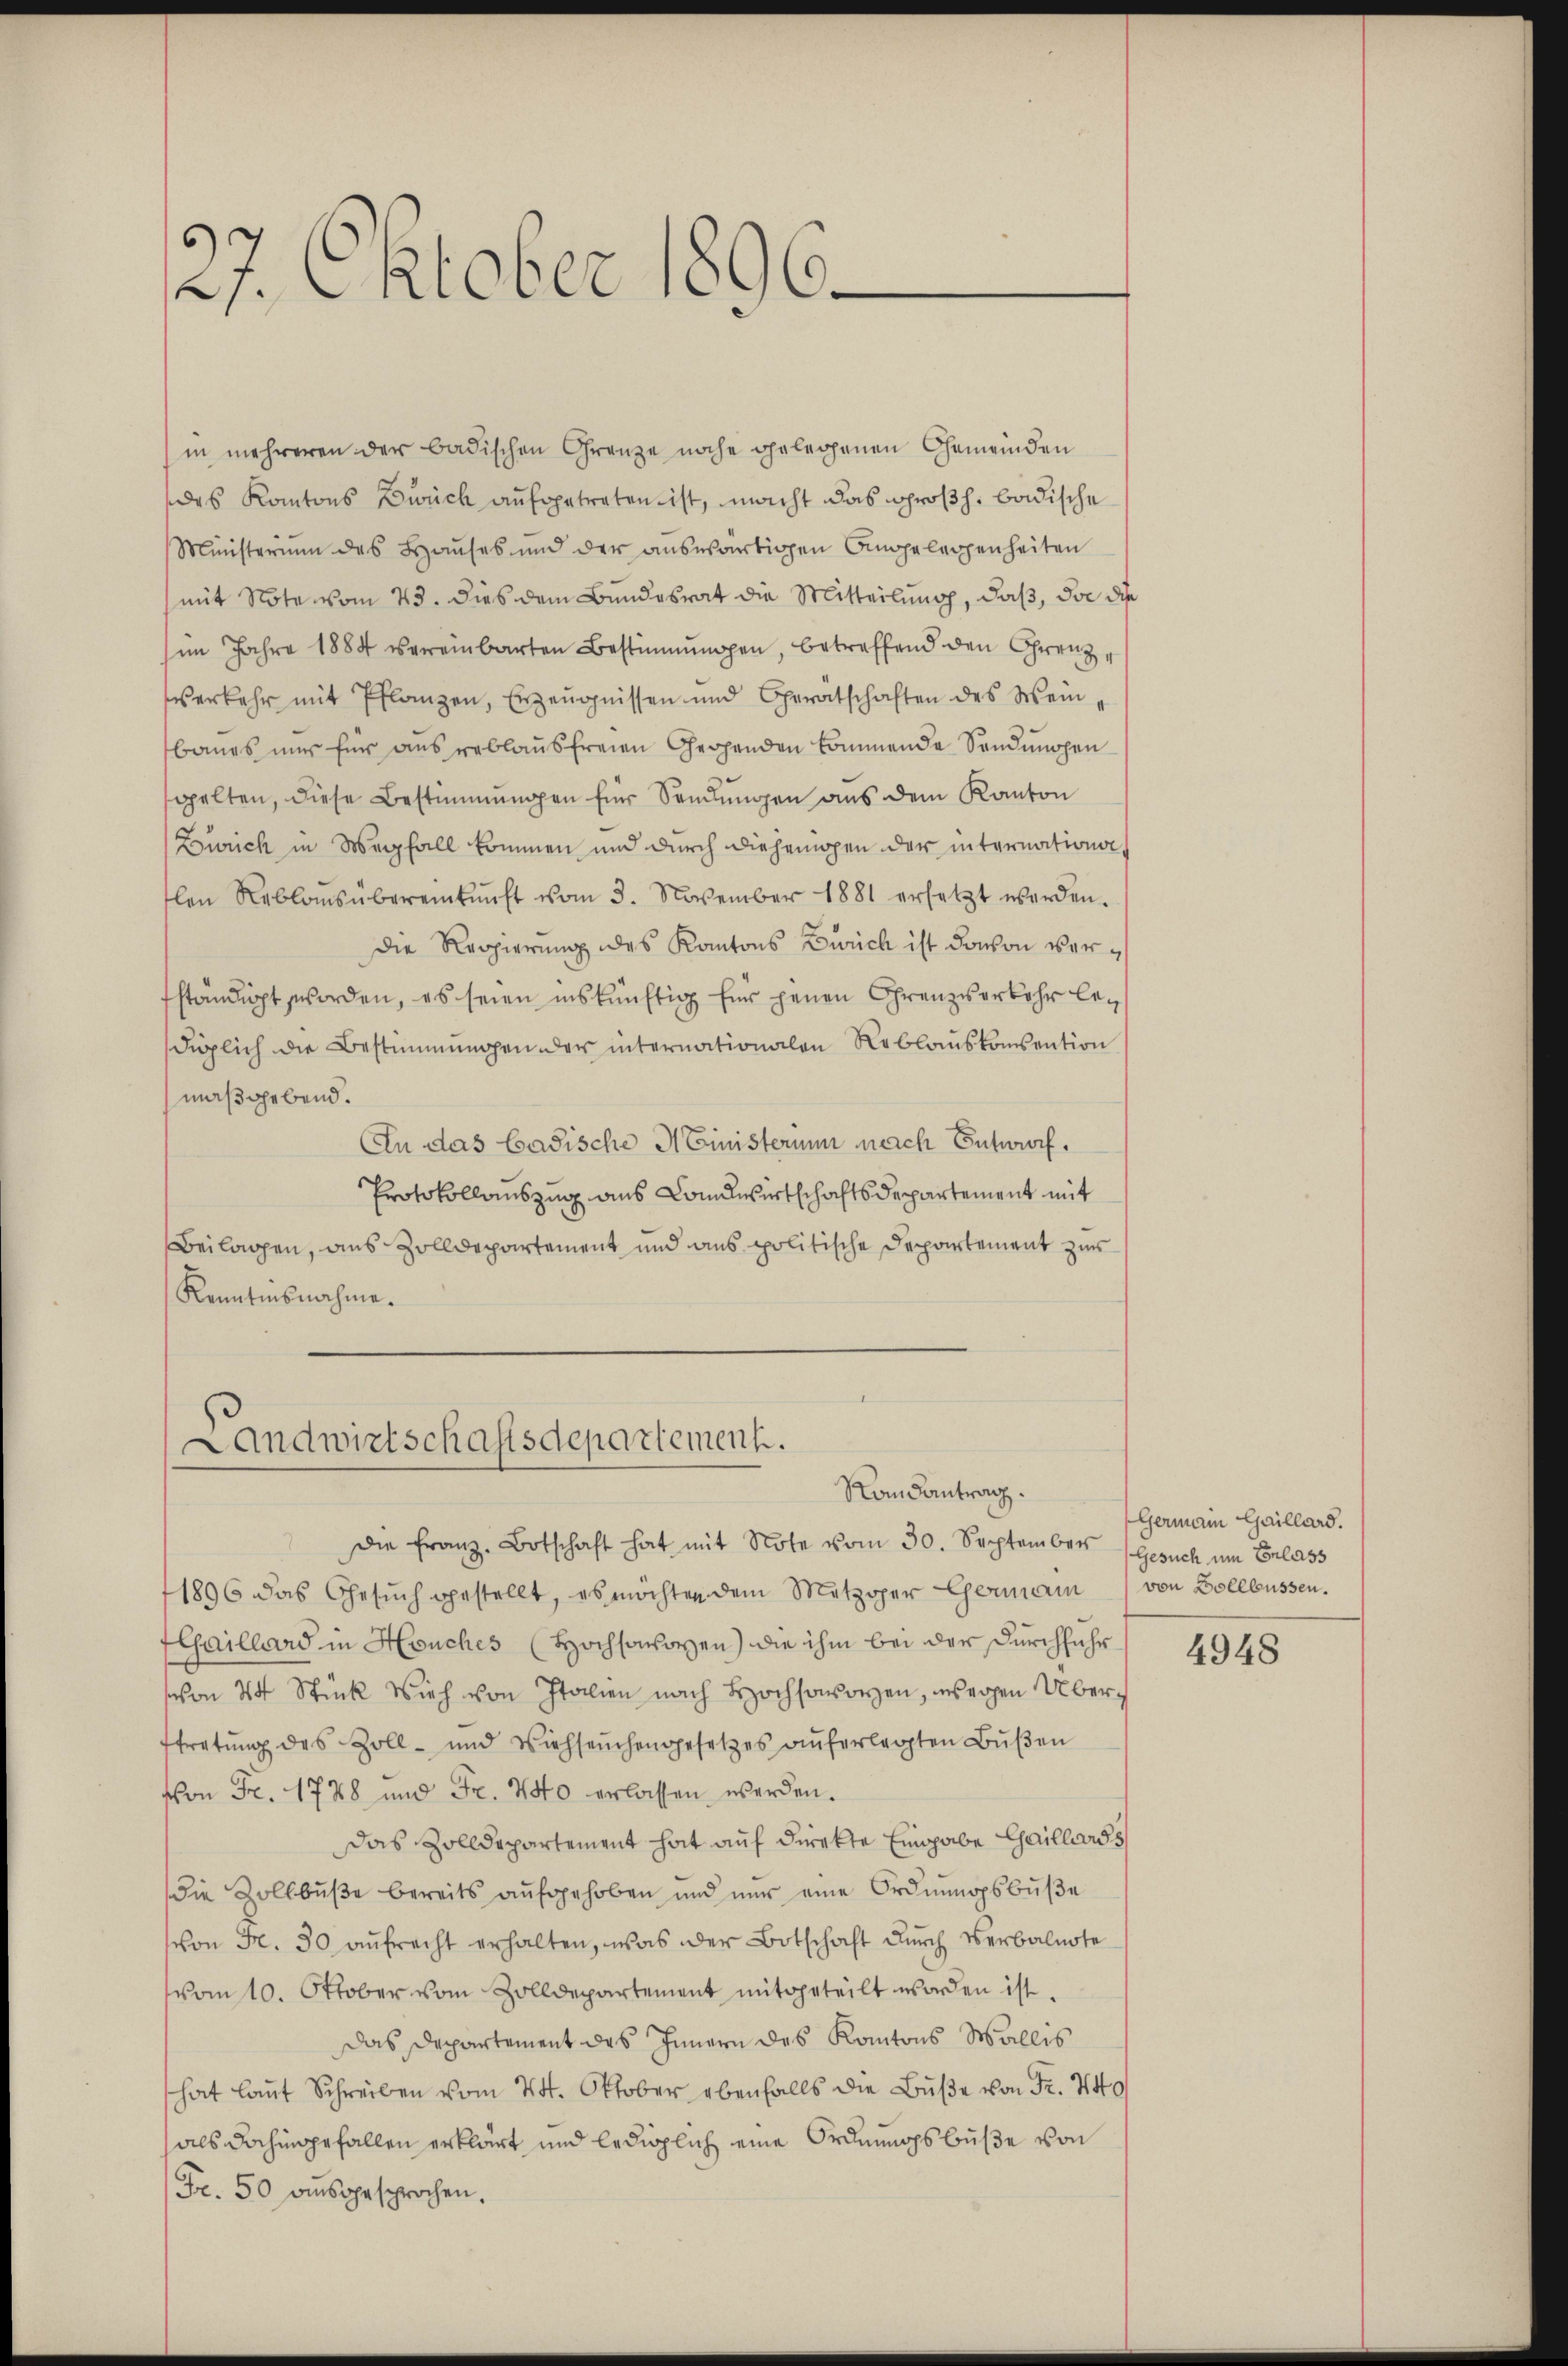
27. Oktober 1896

in mehreren der badischen Grenze noche gelegenen Gemeinden
des Kantons Zweck aufgetreten ist, macht das Großh. badische
Ministerium des Hauses und der auswärtigen Angelegenheiten
mit Note vom 23. dies dem Bundesrat die Mitteilung, daß, da die
(im Jahre 1884 vereinbarten Bestimmungen, betreffend den Grenzverkehr mit Pflanzen, Erzeŭgnissen und Gerätschaften des Wein-
baues nur für ausreblaŭsfreien Gegenden kommende Sendungen
gelten, diese Bestimmungen für Sandŭngen aus dem Kanton
Zürich in Wegfall kommen und durch diejenigen der internation,
len Reblaŭsübereinkunft vom 3. November 1881 ersetzt werden.
Die Regierung des Kantons Zürich ist davon verständigt worden, es seien inskünftig für jenen Grenzverkehr le¬
Füglich die Bestimmungen der internationalen Reblauskonsention
maßgebend.
An das Badische Ministerium nach Entwurf.
Protokollauszug aus Landwirtschaftsdepartement mit
Beilagen, aus Zolldepartement und aus politische Departement zur
Kenntnisnahme.

Landwirtschaftsdepartement.
Randantrag.

die Franz-Botschaft hat mit Note vom 30. September Gesuch um Erlass
1896 das Gesŭch gestellt, es möchten dem Metzger Germann von Bollbüssen.
Chaillard in Houches (Hochsowayen) die ihm bei der Durchfuhr
(von 24 Stück Vieh von Italien nach Bochsoren, wegen Überftretŭng des Zoll- und Viehseuchengesetzes aŭferlegten Bŭβen
von Fr. 1788 und Fr. 740 erlassen werden.
Das Zolldepartement hat auf direkte Eingabe Chaillards
die Zollbŭβe bereits aŭfgehoben und nur eine Ordnŭngsbŭβe
von Fr. 30 aŭfrecht erhalten, was der Botschaft durch Verbalnote
vom 10. Oktober vom Zolldepartement mitgeteilt worden ist.
Das Departement des Innern des Kantons Wallis
hat laut Schreiben vom 24. Oktober ebenfalls die Buße von Fr. 440
als dahingefallen erklärt und lediglich eine Ordnungsbuße von
Fr. 50 aŭsgesprochen.

Germann Gaillard.

4948